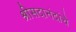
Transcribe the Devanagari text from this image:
श्रीसदानंदांचे